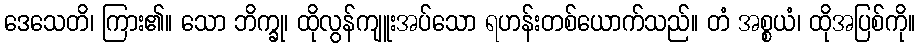
ဒေသေတိ၊ ကြား၏။ သော ဘိက္ခု၊ ထိုလွန်ကျူးအပ်သော ရဟန်းတစ်ယောက်သည်။ တံ အစ္စယံ၊ ထိုအပြစ်ကို။